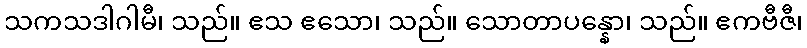
သကသဒါဂါမီ၊ သည်။ ဧသ ဧသော၊ သည်။ သောတာပန္နော၊ သည်။ ဧကဗီဇီ၊